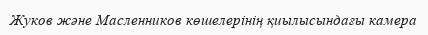
Жуков және Масленников көшелерінің қиылысындағы камера